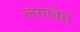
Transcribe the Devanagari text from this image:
जगावेत